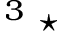
^ 3 \; \star